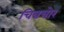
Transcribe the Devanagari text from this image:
चित्रचोर